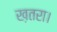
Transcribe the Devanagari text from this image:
ख़तरा।